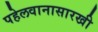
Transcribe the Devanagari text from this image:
पहेलवानासारखी